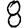
Digit: 8